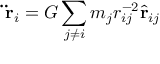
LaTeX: \mathbf { \ddot { r } } _ { i } = G \sum _ { j \neq i } m _ { j } r _ { i j } ^ { - 2 } { \hat { \mathbf { r } } } _ { i j }